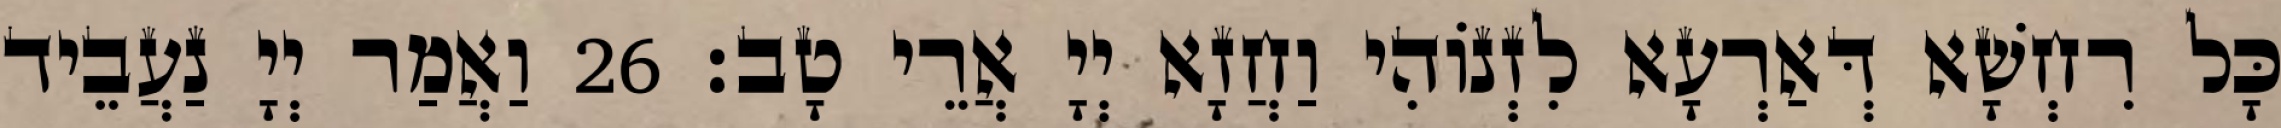
כָּל רִחְשָׁא דְּאַרְעָא לִזְנוֹהִי וַחֲזָא יְיָ אֲרֵי טָב׃ 26 וַאֲמַר יְיָ נַעֲבֵיד